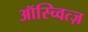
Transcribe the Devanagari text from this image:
ऑस्च्वित्ज़